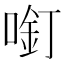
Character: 𱓸